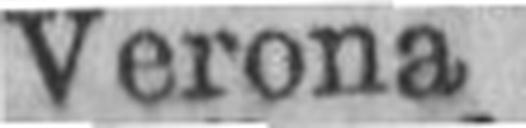
Verona